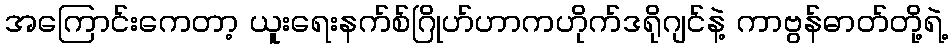
အကြောင်းကေတာ့ ယူးရေးနက်စ်ဂြိုဟ်ဟာကဟိုက်ဒရိုဂျင်နဲ့ ကာဗွန်ဓာတ်တို့ရဲ့